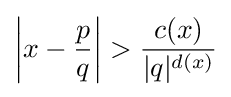
\left|x-{\frac {p}{q}}\right|>{\frac {c(x)}{|q|^{d(x)}}}